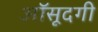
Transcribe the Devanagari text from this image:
आॅसूदगी